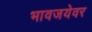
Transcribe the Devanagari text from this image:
भावजयेवर